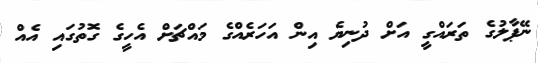
ނޭޕާލުގެ ތަރައްގީ އަށް ދުނިޔެ އިން އަހަރެއްގެ މައްޗަށް އެހީގެ ގޮތުގައި އެއް